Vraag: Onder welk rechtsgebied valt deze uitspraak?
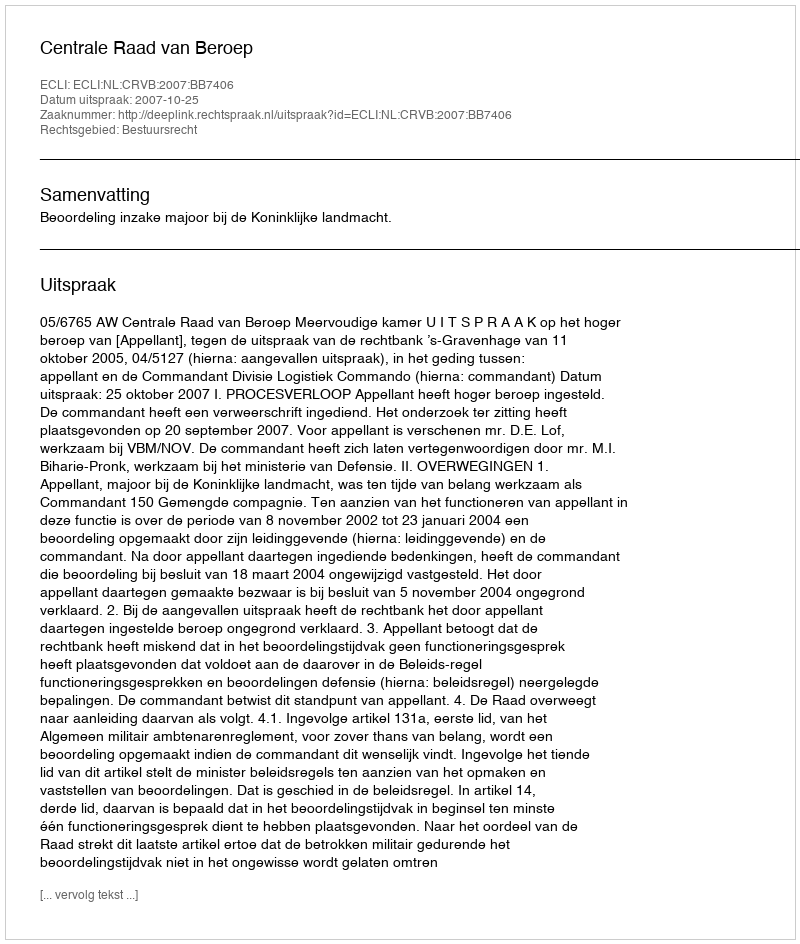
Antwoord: Bestuursrecht